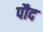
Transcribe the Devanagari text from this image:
पौद